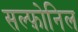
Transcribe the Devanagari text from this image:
सल्फ़ोनिल